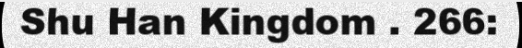
Shu Han Kingdom . 266: